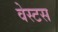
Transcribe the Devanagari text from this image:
वेस्टस